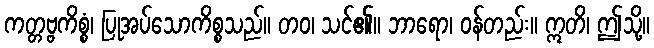
ကတ္တဗ္ဗကိစ္စံ၊ ပြုအပ်သောကိစ္စသည်။ တဝ၊ သင်၏။ ဘာရော၊ ဝန်တည်း။ ဣတိ၊ ဤသို့။